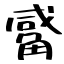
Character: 觱